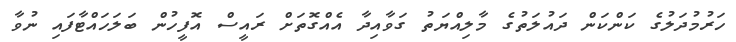
ހަރުމުދަލުގެ ކަންކަން ދައުލަތުގެ މާލިއްޔަތު ގަވާއިދާ އެއްގޮތަށް ރައީސް އޮފީހުން ބަލަހައްޓާފައި ނުވާ